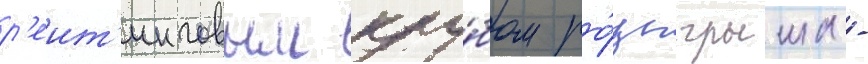
р'еит'инговым клу́бом ро́зыгрыша -